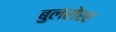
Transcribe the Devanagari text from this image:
बुलरोरर